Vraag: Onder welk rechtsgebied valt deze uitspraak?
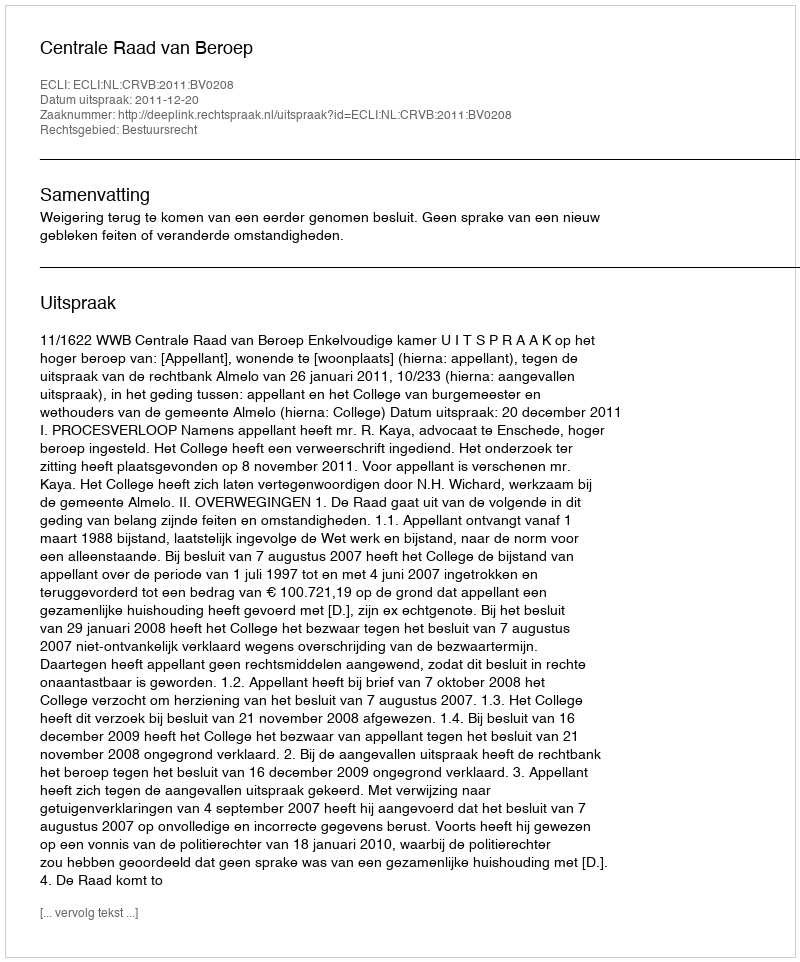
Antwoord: Bestuursrecht